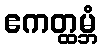
ဧကတ္ထမ္ဘံ